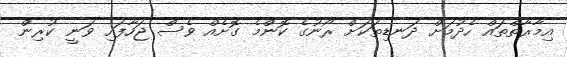
އިމާރާތްތައް ހެދުމަށް ދަނޑިތަކަށް ރޯނުގެ ކޮންމެ ގޮށެއް ވެސް ޖަހާފައި ވަނީ ކުރިން